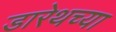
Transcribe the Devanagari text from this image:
डारेथच्या